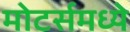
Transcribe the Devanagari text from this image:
मोटर्समध्ये